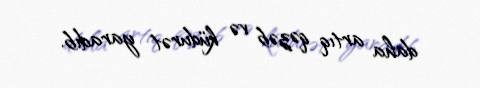
daha artıq qəzəb və küdurət yaradıb.